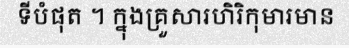
ទីបំផុត ។ ក្នុងគ្រួសារហិរិកុមារមាន